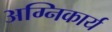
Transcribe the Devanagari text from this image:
अग्निकार्य